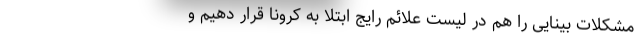
مشکلات بینایی را هم در لیست علائم رایج ابتلا به کرونا قرار دهیم و